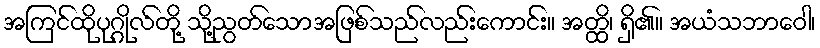
အကြင်ထိုပုဂ္ဂိုလ်တို့ သို့ညွတ်သောအဖြစ်သည်လည်းကောင်း။ အတ္ထိ၊ ရှိ၏။ အယံသဘာဝေါ၊